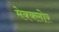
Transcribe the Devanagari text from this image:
मेक्क्लोर